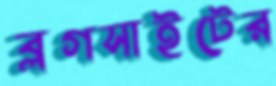
ব্লগসাইটের